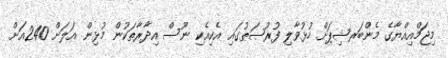
މިޖަމްއިއްޔާގެ މެންބަރޝިޕަށް ހުޅުވާލި ފުރުޞަޠުގައި އެކިއެކި ނޫސް އިދާރާތަކުން މުޅިން އަލަށް 240އަށް